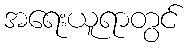
အရေးယူရာတွင်